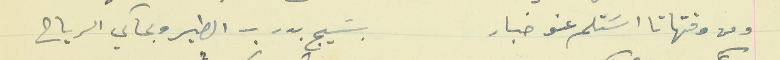
ومن وقتها تا اسَتلم عنو خبار                                       بسَيج بدرب الطير وبحاكي الرياح